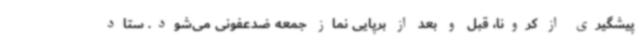
پیشگیری از کرونا، قبل و بعد از برپایی نماز جمعه ضدعفونی می‌شود. ستاد